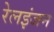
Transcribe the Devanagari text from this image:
रेलइंजन